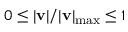
0 \leq \lvert \mathbf { v } \rvert / \lvert \mathbf { v } \rvert _ { \mathrm { m a x } } \leq 1